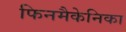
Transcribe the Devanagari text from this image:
फिनमैकेनिका